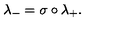
\lambda _ { - } = \sigma \circ \lambda _ { + } .